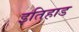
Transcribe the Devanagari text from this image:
इतिहाड